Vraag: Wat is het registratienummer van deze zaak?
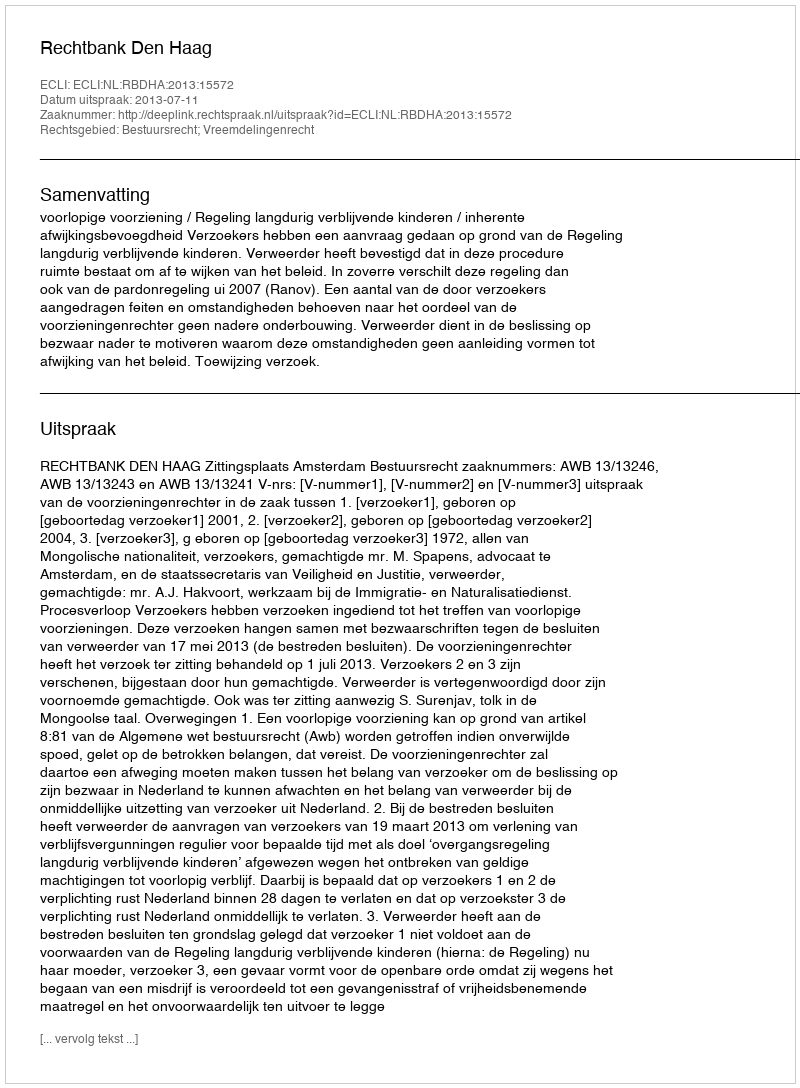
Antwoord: http://deeplink.rechtspraak.nl/uitspraak?id=ECLI:NL:RBDHA:2013:15572